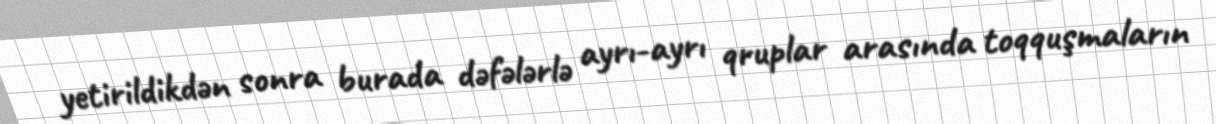
yetirildikdən sonra burada dəfələrlə ayrı-ayrı qruplar arasında toqquşmaların